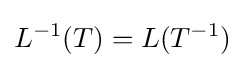
L^{-1}(T)=L(T^{-1})